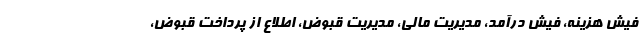
فیش هزینه، فیش درآمد، مدیریت مالی، مدیریت قبوض، اطلاع از پرداخت قبوض،